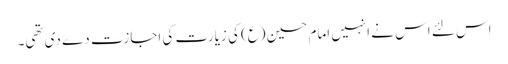
اس لئے اس نے انہیں امام حسین (ع) کی زیارت کی اجازت دے دی تھی۔